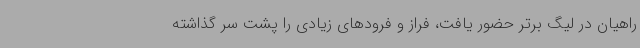
راهیان در لیگ برتر حضور یافت، فراز و فرودهای زیادی را پشت سر گذاشته